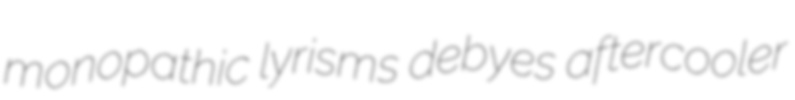
monopathic lyrisms debyes aftercooler